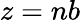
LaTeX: z=nb